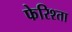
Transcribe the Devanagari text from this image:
फेरिश्ता